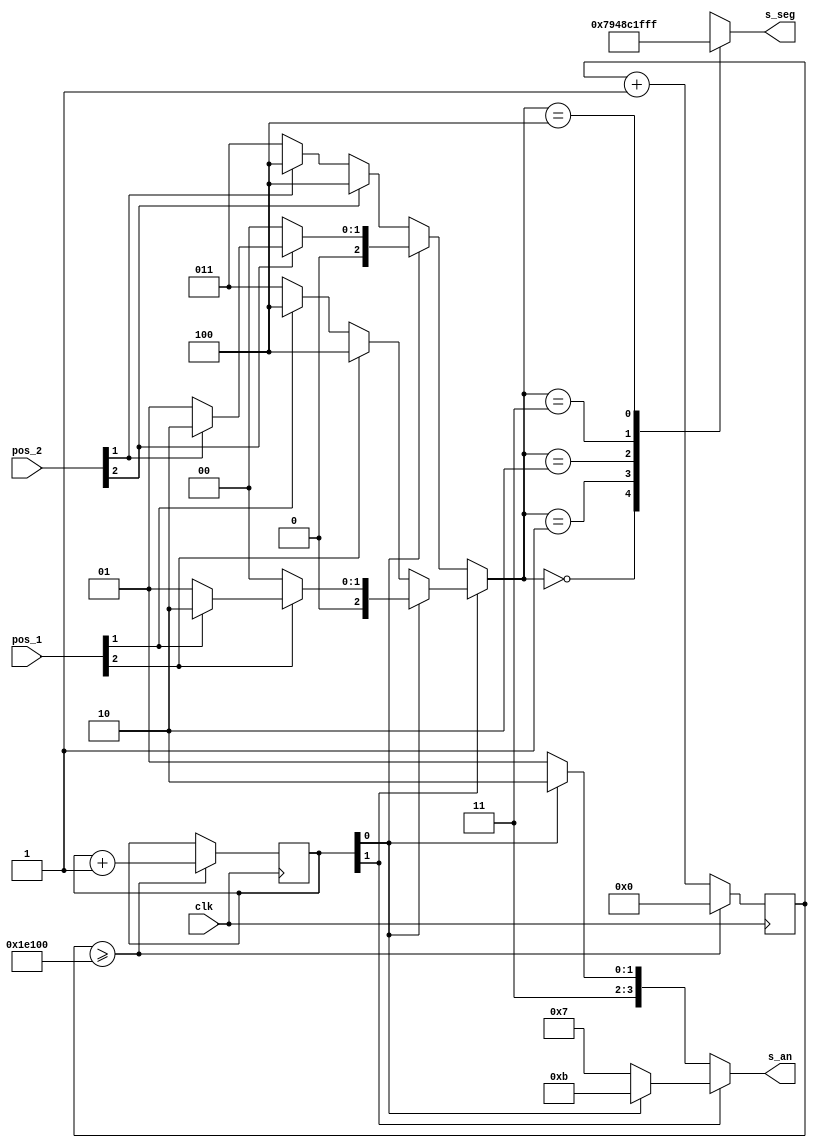
`timescale 1ns / 1ps
/*


*/
module display_floor(
    input clk,
    input  [2:0] pos_1,     // position firts elevator 1
    input  [2:0] pos_2,     // position second elevator 2
    output [3:0] s_an,      // selector segments
    output [6:0] s_seg      // segments
    );

    reg [1:0] display;
    wire [16:0] clock_divide_max = 17'b11110000100000000;
    reg [16:0] clock_divide_counter;
    wire [2:0] number;
    wire [6:0] segmentos [4:0];
    wire [2:0]sig1;
    wire [2:0]sig2;
    wire [2:0]num1;
    wire [2:0]num2;
    
    assign num1 = pos_1[2] ? (pos_1[1] ? 3'b010 : 3'b001): 3'b000;    
    assign num2 = pos_2[2] ? (pos_2[1] ? 3'b010 : 3'b001): 3'b000;
    assign sig1 = pos_1[2] ? 3'b100 :(pos_1[1] ? 3'b100 : 3'b011);
    assign sig2 = pos_2[2] ? 3'b100 :(pos_2[1] ? 3'b100 : 3'b011);
    assign s_an = display[1] ? (display[0] ? 4'b1011 : 4'b0111) : (display[0] ? 4'b1110 : 4'b1101); // change display
    assign number = display[1] ? (display[0] ? num1 : sig1) : (display[0] ? num2 : sig2);
    
    assign {segmentos[0],
            segmentos[1],
            segmentos[2],
            segmentos[3],
            segmentos[4]} = {7'b1111001,        // numero 1
                             7'b0100100,        // numero 2
                             7'b0110000,        // numero 3
                             7'b0111111,        // signo -
                             7'b1111111};       // todo apagado
        
    assign s_seg = segmentos[number];

    always @ (posedge clk)
    begin
        if (clock_divide_counter >= clock_divide_max)
            begin
            clock_divide_counter = 17'b00000000000000000;
            display = display + 1;
            end
        else
            clock_divide_counter = clock_divide_counter + 1;
    end

endmodule